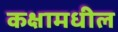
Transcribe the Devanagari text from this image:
कक्षामधील